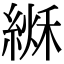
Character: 𦂏